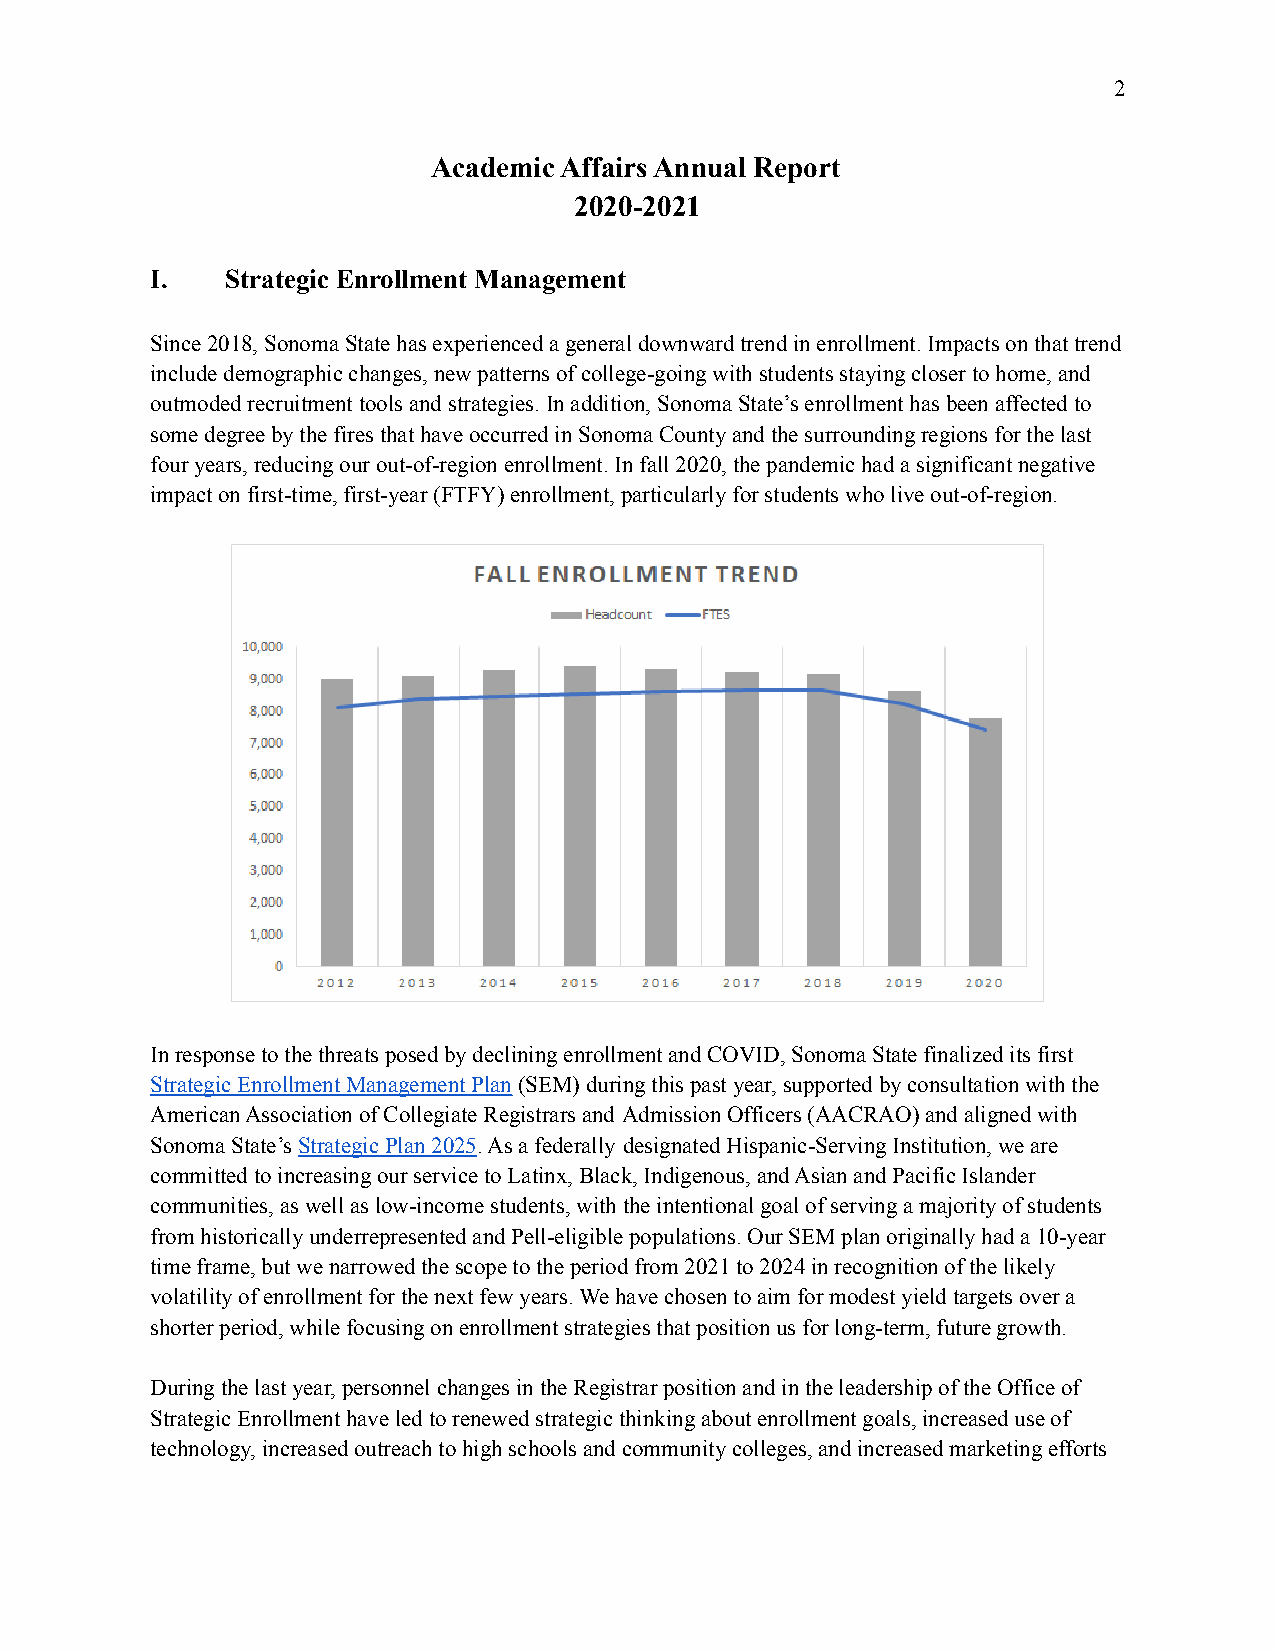
2
 Academic Affairs Annual Report
 2020-2021
 I.   Strategic Enrollment Management
 Since 2018, Sonoma State has experienced a generaldownward trend in enrollment. Impacts on that trend
 include demographic changes, new patterns of college-goingwith students staying closer to home, and
 outmoded recruitment tools and strategies. In addition,Sonoma State’s enrollment has been affected to
 some degree by the fires that have occurred in SonomaCounty and the surrounding regions for the last
 four years, reducing our out-of-region enrollment.In fall 2020, the pandemic had a significant negative
 impact on first-time, first-year (FTFY) enrollment,particularly for students who live out-of-region.
 In response to the threats posed by declining enrollmentand COVID, Sonoma State finalized its first
 Strategic Enrollment Management Plan(SEM) duringthis past year, supported by consultation with the
 American Association of Collegiate Registrars and Admission Officers (AACRAO) and aligned with
 Sonoma State’sStrategic Plan 2025. As a federally designated Hispanic-Serving Institution, we are
 committed to increasing our service to Latinx, Black,Indigenous, and Asian and Pacific Islander
 communities, as well as low-income students, withthe intentional goal of serving a majority of students
 from historically underrepresented and Pell-eligiblepopulations. Our SEM plan originally had a 10-year
 time frame, but we narrowed the scope to the periodfrom 2021 to 2024 in recognition of the likely
 volatility of enrollment for the next few years. Wehave chosen to aim for modest yield targets overa
 shorter period, while focusing on enrollment strategiesthat position us for long-term, future growth.
 During the last year, personnel changes in the Registrarposition and in the leadership of the Office of
 Strategic Enrollment have led to renewed strategicthinking about enrollment goals, increased use of
 technology, increased outreach to high schools andcommunity colleges, and increased marketing efforts